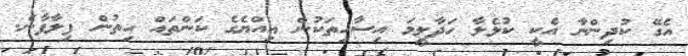
އެގޭ ކުދިންނާ އެކީ ކުޅެލާ ހަދާލީމަ އިސާހިތަކުން އިއްޔެގެ ކަންތައް ހިތުން ފިލާފާނެ.